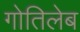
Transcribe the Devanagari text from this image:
गोतिलेब